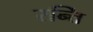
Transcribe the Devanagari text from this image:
रन्ति